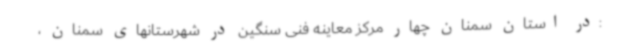
:در استان سمنان چهار مرکز معاینه فنی سنگین در شهرستانهای سمنان ،